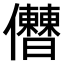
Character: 𠑤